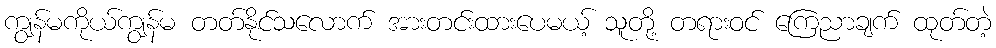
ကျွန်မကိုယ်ကျွန်မ တတ်နိုင်သလောက် အားတင်းထားပေမယ့် သူတို့ တရားဝင် ကြေညာချက် ထုတ်တဲ့